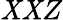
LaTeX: \mathit{X}\mathit{X}Z